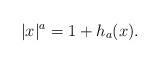
LaTeX: \begin{align*}|x|^a=1+h_a(x).\end{align*}